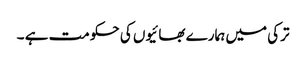
ترکی میں ہمارے بھائیوں کی حکومت ہے ۔